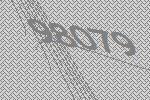
98079